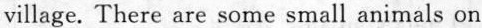
ⅵllage. There are some small animals on